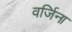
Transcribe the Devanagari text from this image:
वर्जिना